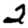
Digit: 2